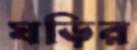
ঘড়ির